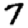
Digit: 7